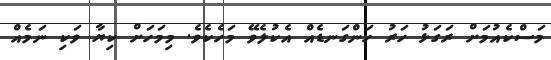
މަސްކެއުމަށް ރަގަޅު ހަރު ހަންގަނޑެއް އެކުލެވޭ މަހެކެވެ. މިމަހަށް ކިޔާ ވަކި ނަމެއް